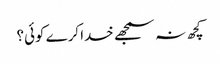
کچھ نہ سمجھے خدا کرے کوئی؟